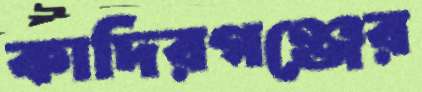
কাদিরগঞ্জের